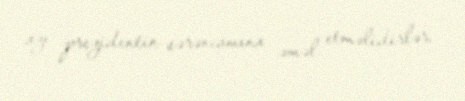
azı prezidentin sərəncamına əməl etməlidirlər.